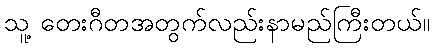
သူ့ တေးဂီတအတွက်လည်းနာမည်ကြီးတယ်။